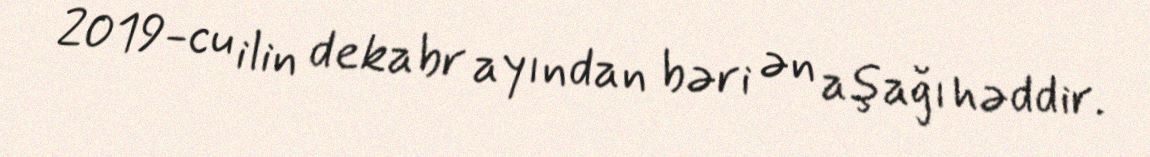
2019-cu ilin dekabr ayından bəri ən aşağı həddir.